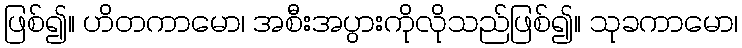
ဖြစ်၍။ ဟိတကာမော၊ အစီးအပွားကိုလိုသည်ဖြစ်၍။ သုခကာမော၊